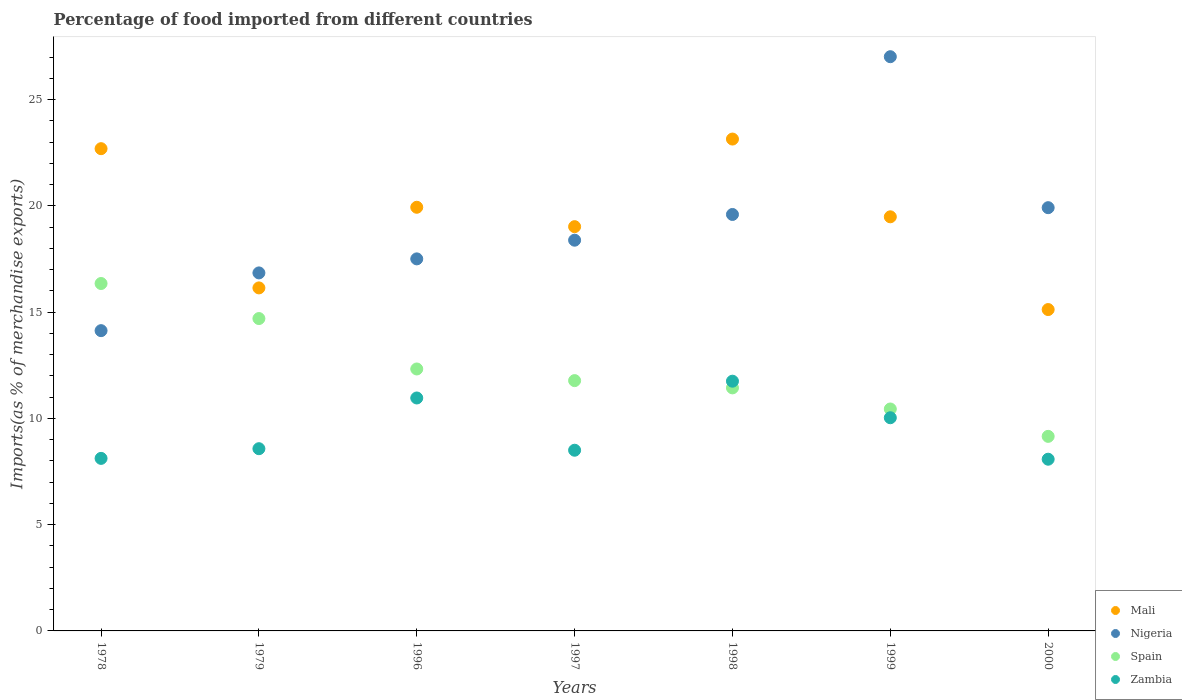
| Years | Mali | Nigeria | Spain | Zambia |
 | --- | --- | --- | --- | --- |
 | 1978 | 22.7 | 14.1 | 16.3 | 8.12 |
 | 1979 | 16.1 | 16.8 | 14.7 | 8.57 |
 | 1996 | 19.9 | 17.5 | 12.3 | 11 |
 | 1997 | 19 | 18.4 | 11.8 | 8.5 |
 | 1998 | 23.1 | 19.6 | 11.4 | 11.8 |
 | 1999 | 19.5 | 27 | 10.4 | 10 |
 | 2000 | 15.1 | 19.9 | 9.16 | 8.08 |